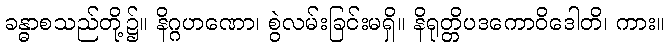
ခန္ဓာစသည်တို့၌။ နိဂ္ဂဟဏော၊ စွဲလမ်းခြင်းမရှိ။ နိရုတ္တိပဒကောဝိဒေါတိ၊ ကား။